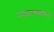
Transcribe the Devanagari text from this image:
नाट्यशास्त्रामध्ये